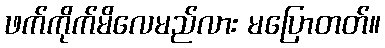
ဖက်ကိုက်မိလေမည်လား မပြောတတ်။